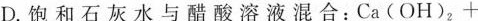
D.饱和石灰水与醋酸溶液混合：$$Ca(OH)_{2}+$$